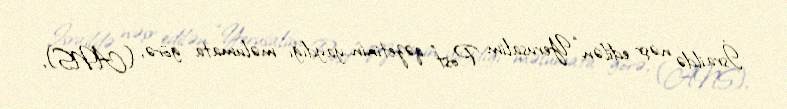
İsraildə nəşr edilən “Yerusalim Post” qəzetinin yaydığı məlumata görə, (ANS),